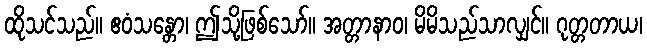
ထိုသင်သည်။ ဧဝံသန္တော၊ ဤသို့ဖြစ်သော်။ အတ္တာနာဝ၊ မိမိသည်သာလျှင်။ ဂုတ္တတာယ၊